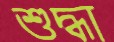
শুদ্ধা